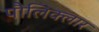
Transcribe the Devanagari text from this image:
पौलिक्लार